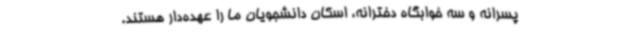
پسرانه و سه خوابگاه دخترانه، اسکان دانشجویان ما را عهده‌دار هستند.